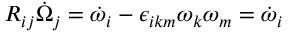
R _ { i j } \dot { \Omega } _ { j } = \dot { \omega } _ { i } - \epsilon _ { i k m } \omega _ { k } \omega _ { m } = \dot { \omega } _ { i }